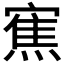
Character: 𭔓